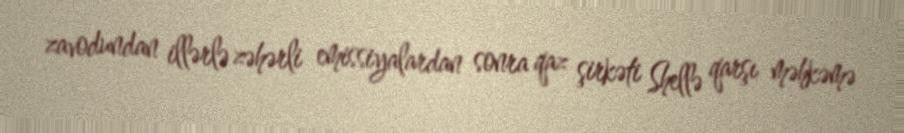
zavodundan illərlə zəhərli emissiyalardan sonra qaz şirkəti Shellə qarşı məhkəmə